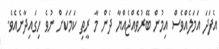
އެފަދަ އަމަލެއްވެސް އިމުން ބޭރުވެއްޖެއްޔާ ދެން މާ ރީތި ކަމަކަށް ނުވެ ހިގައިދާނެއެވެ.